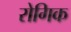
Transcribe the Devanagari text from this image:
रोगिक